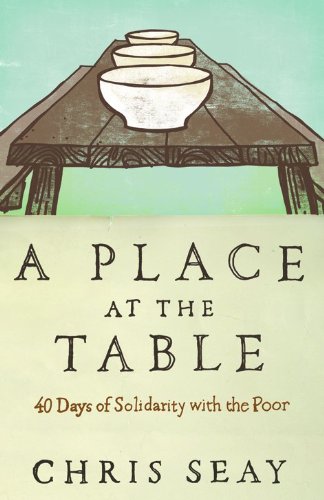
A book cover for A Place at the Table: 40 Days of Solidarity with the Poor; Chris Seay; Christian Books & Bibles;